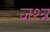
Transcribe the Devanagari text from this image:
जश्न्न